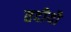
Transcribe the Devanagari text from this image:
तदीयौ